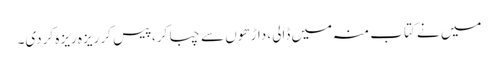
میں نے کتاب منہ میں ڈالی، داڑھوں سے چبا کر، پیس کر ریزہ ریزہ کردی۔